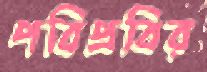
পবিপ্রবির